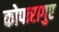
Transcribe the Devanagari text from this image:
कोपारागुए